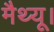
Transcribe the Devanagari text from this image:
मैथ्यू।